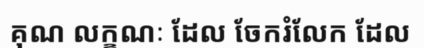
គុណ លក្ខណៈ ដែល ចែករំលែក ដែល